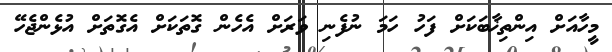
މީހާއަށް އިންތިޚާބަކަށް ފަހު ހަމަ ނުފެނި ވަރަށް އެހެން ގޮތަކަށް އެގޮތަށް އުޅެންޖެހޭ